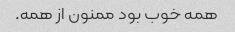
همه خوب بود ممنون از همه.